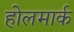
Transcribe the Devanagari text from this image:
होलमार्क